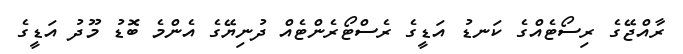
ރާއްޖޭގެ ރިސޯޓެއްގެ ކަނޑު އަޑީގެ ރެސްޓޯރެންޓެއް ދުނިޔޭގެ އެންމެ ބޮޑު މޫދު އަޑީގެ